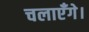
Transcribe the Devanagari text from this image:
चलाएँगे।